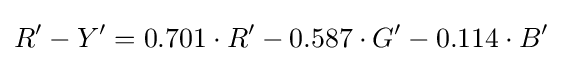
R^{\prime }-Y^{\prime }=0.701\cdot R^{\prime }-0.587\cdot G^{\prime }-0.114\cdot B^{\prime }